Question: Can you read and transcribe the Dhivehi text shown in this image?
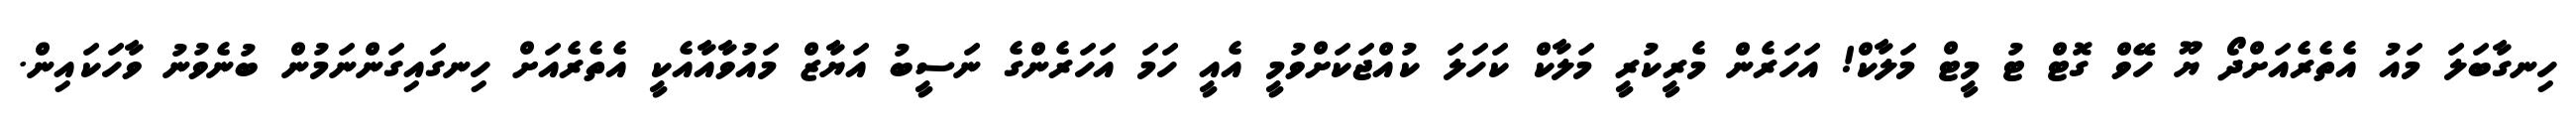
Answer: ހިނގާބަލަ މައު އެތެރެއަށްދޯ ޔޫ ހޭވް ގޮޓް ޓު މީޓް މަލާކް! އަހަރެން މެރީކުރީ މަލާކް ކަހަލަ ކުއްޖަކަށްވުމީ އެއީ ހަމަ އަހަރެންގެ ނަސީބު އަޔާޒް މައުވާއާއެކީ އެތެރެއަށް ހިނގައިގަންނަމުން ބުނެވުނު ވާހަކައިން.